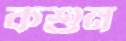
কশুন